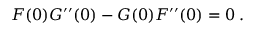
\begin{array} { r } { F ( 0 ) G ^ { \prime \prime } ( 0 ) - G ( 0 ) F ^ { \prime \prime } ( 0 ) = 0 \; . } \end{array}